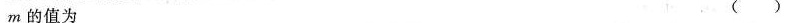
m的值为 ( )